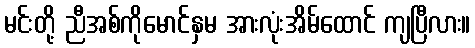
မင်းတို့ ညီအစ်ကိုမောင်နှမ အားလုံးအိမ်ထောင် ကျပြီလား။